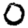
Digit: 0